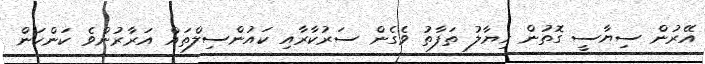
އޭރުން ސިޔާސީ ގޮތުން ޚިޔާލު ތަފާތު ވެގެން ސަރުކާރާއި ކައުންސިލްތައް އަރާރުންވެ ކަންކަން